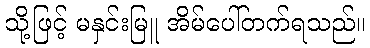
သို့ဖြင့် မနှင်းမြူ အိမ်ပေါ်တက်ရသည်။